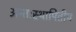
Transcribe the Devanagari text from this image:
अन्तःस्थापितीय